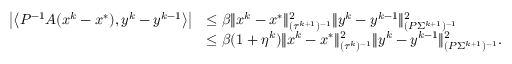
\begin{array} { r l } { \left| \left\langle P ^ { - 1 } A ( x ^ { k } - x ^ { * } ) , y ^ { k } - y ^ { k - 1 } \right\rangle \right| } & { \leq \beta \| x ^ { k } - x ^ { * } \| _ { ( \tau ^ { k + 1 } ) ^ { - 1 } } ^ { 2 } \| y ^ { k } - y ^ { k - 1 } \| _ { ( P \Sigma ^ { k + 1 } ) ^ { - 1 } } ^ { 2 } } \\ & { \leq \beta ( 1 + \eta ^ { k } ) \| x ^ { k } - x ^ { * } \| _ { ( \tau ^ { k } ) ^ { - 1 } } ^ { 2 } \| y ^ { k } - y ^ { k - 1 } \| _ { ( P \Sigma ^ { k + 1 } ) ^ { - 1 } } ^ { 2 } . } \end{array}